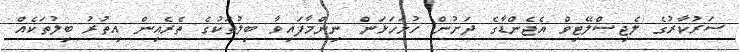
ސަރުކާރުގެ ލެޖިސްލޭޓިވް އެޖެންޑާގެ ދަށުން ހުށަހަޅަން ނިންމާފައިވާ ބިލުތަކުގެ ތެރެއިން އިތުރު ބިލުތަކެއް